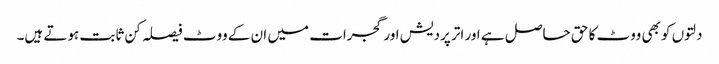
دلتوں کو بھی ووٹ کا حق حاصل ہے اور اتر پردیش اور گجرات میں ان کے ووٹ فیصلہ کن ثابت ہوتے ہیں۔